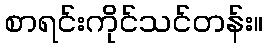
စာရင်းကိုင်သင်တန်း။